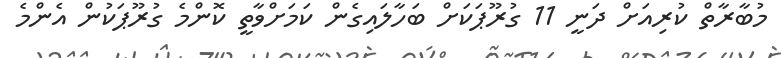
މުބާރާތް ކުރިއަށް ދަނީ 11 ގުރޫޕަކަށް ބަހާލައިގެން ކަމަށްވާތީ ކޮންމެ ގުރޫޕަކުން އެންމެ